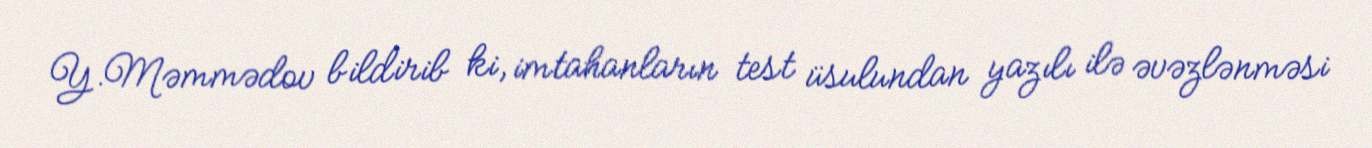
Y.Məmmədov bildirib ki, imtahanların test üsulundan yazılı ilə əvəzlənməsi